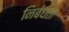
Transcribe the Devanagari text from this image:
निबंधता